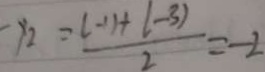
- y _ { 2 } = \frac { ( - 1 ) + ( - 3 ) } { 2 } = - 2